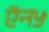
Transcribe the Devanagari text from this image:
ऍन५